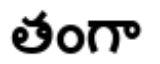
తంగా